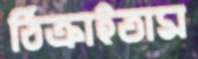
ঠিক্‌রাইতাম